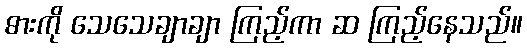
ဓားကို သေသေချာချာ ကြည့်ကာ ဆ ကြည့်နေသည်။